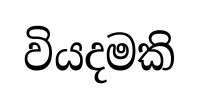
වියදමකි